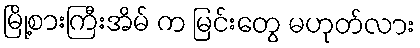
မြို့စားကြီးအိမ် က မြင်းတွေ မဟုတ်လား